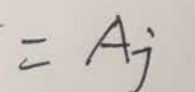
$= A j$